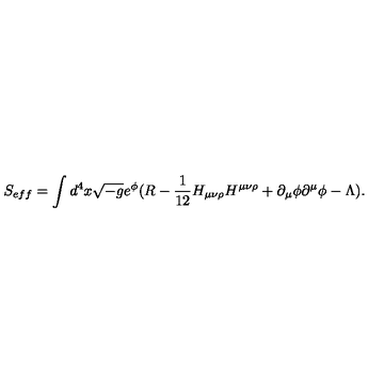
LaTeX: S _ { e f f } = \int d ^ { 4 } x \sqrt { - g } e ^ { \phi } ( R - \frac { 1 } { 1 2 } H _ { \mu \nu \rho } H ^ { \mu \nu \rho } + \partial _ { \mu } \phi \partial ^ { \mu } \phi - \Lambda ) .